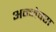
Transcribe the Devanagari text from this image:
अन्नेक्स